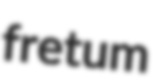
fretum